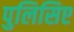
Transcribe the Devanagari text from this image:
पुलिसिए